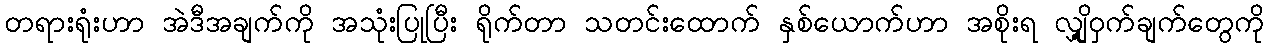
တရားရုံးဟာ အဲဒီအချက်ကို အသုံးပြုပြီး ရိုက်တာ သတင်းထောက် နှစ်ယောက်ဟာ အစိုးရ လျှို့ဝှက်ချက်တွေကို